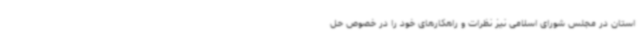
استان در مجلس شورای اسلامی نیز نظرات و راهکارهای خود را در خصوص حل